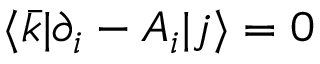
\langle { \bar { k } } | \partial _ { i } - A _ { i } | j \rangle = 0